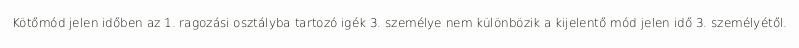
Kötőmód jelen időben az 1. ragozási osztályba tartozó igék 3. személye nem különbözik a kijelentő mód jelen idő 3. személyétől.